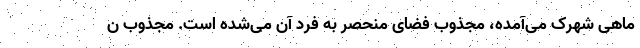
ماهی شهرک می‌آمده، مجذوب فضای منحصر به فرد آن می‌شده است. مجذوب ن